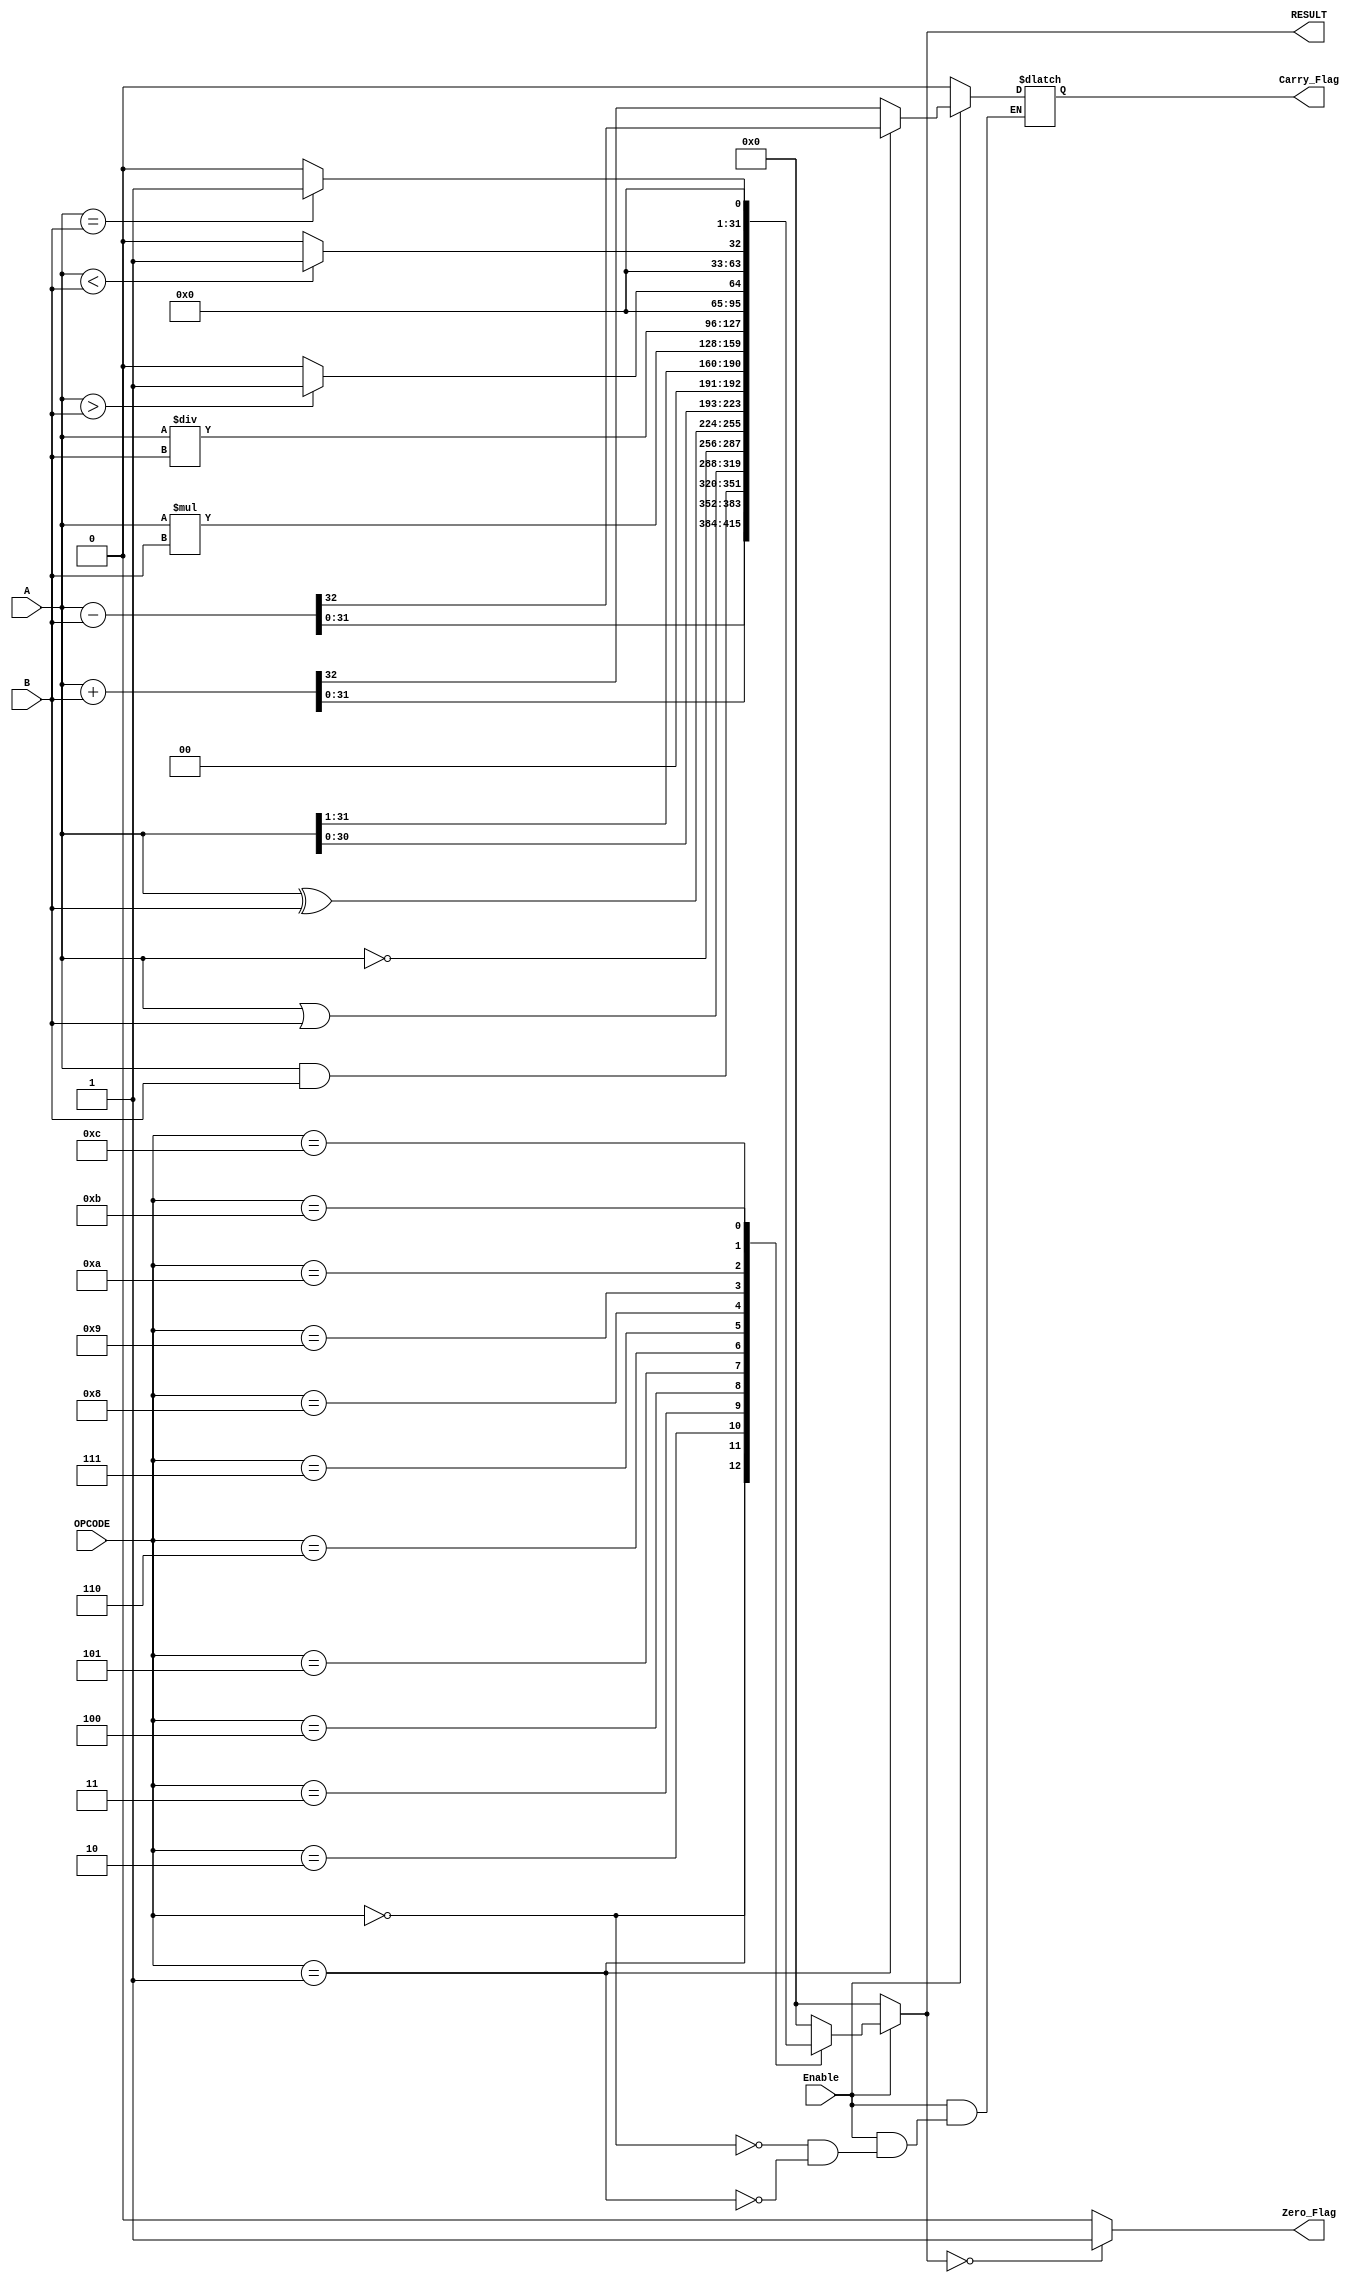
module ParameterizedALU #(
    parameter DATA_WIDTH = 32,          // Width of the data buses
    parameter OPERATION_WIDTH = 4        // Number of operation select bits
)(
    input  wire [DATA_WIDTH-1:0] A,     // First operand
    input  wire [DATA_WIDTH-1:0] B,     // Second operand
    input  wire [OPERATION_WIDTH-1:0] OPCODE, // Operation select
    input  wire Enable,                  // Enable signal
    output reg [DATA_WIDTH-1:0] RESULT, // Result of the operation
    output reg Zero_Flag,                // Zero flag
    output reg Carry_Flag                // Carry flag
);

    // Define operation codes
    localparam ADD      = 4'b0000;
    localparam SUB      = 4'b0001;
    localparam AND      = 4'b0010;
    localparam OR       = 4'b0011;
    localparam NOT      = 4'b0100;
    localparam XOR      = 4'b0101;
    localparam SHL      = 4'b0110; // Shift Left
    localparam SHR      = 4'b0111; // Shift Right
    localparam MUL      = 4'b1000; // Multiplication
    localparam DIV      = 4'b1001; // Division
    localparam GT       = 4'b1010; // Greater Than
    localparam LT       = 4'b1011; // Less Than
    localparam EQ       = 4'b1100; // Equal To

    always @(*) begin
        if (Enable) begin
            case (OPCODE)
                ADD: begin
                    {Carry_Flag, RESULT} = A + B; // Capture carry
                end
                SUB: begin
                    {Carry_Flag, RESULT} = A - B; // Capture carry
                end
                AND: RESULT = A & B;
                OR:  RESULT = A | B;
                NOT: RESULT = ~A; // NOT operation on A
                XOR: RESULT = A ^ B;
                SHL: RESULT = A << 1; // Logical Shift Left
                SHR: RESULT = A >> 1; // Logical Shift Right
                MUL: RESULT = A * B; // Multiplication
                DIV: RESULT = A / B; // Division
                GT:  RESULT = (A > B) ? 1 : 0; // Greater Than
                LT:  RESULT = (A < B) ? 1 : 0; // Less Than
                EQ:  RESULT = (A == B) ? 1 : 0; // Equal To
                default: RESULT = 0; // Default case
            endcase
        end else begin
            RESULT = 0; // If not enabled, output zero
            Carry_Flag = 0; // Reset carry flag
        end

        // Set Zero Flag
        Zero_Flag = (RESULT == 0) ? 1 : 0;
    end

endmodule